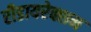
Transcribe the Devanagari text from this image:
रीडायरेक्शन